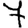
Digit: 7